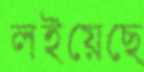
লইয়েছে